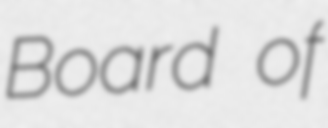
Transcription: Board of